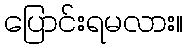
ပြောင်းရမလား။